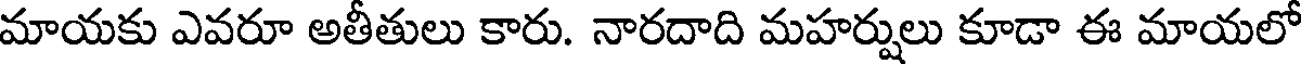
మాయకు ఎవరూ అతీతులు కారు. నారదాది మహర్షులు కూడా ఈ మాయలో